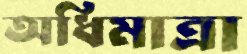
অধিমাত্রা